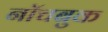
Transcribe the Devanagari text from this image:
नॉचबुक